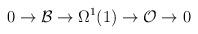
LaTeX: \begin{align*}0\rightarrow {\cal B} \rightarrow \Omega^1(1) \rightarrow {\cal O}\rightarrow 0\end{align*}